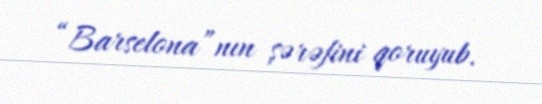
“Barselona”nın şərəfini qoruyub.